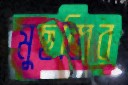
মুছব্বির